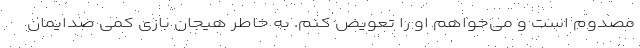
مصدوم است و می‌خواهم او را تعویض کنم. به خاطر هیجان بازی کمی صدایمان